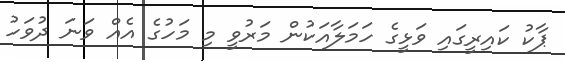
ޕާކު ކައިރީގައި ވަޅީގެ ހަމަލާއަކުން މަރުވީ މި މަހުގެ އެއް ވަނަ ދުވަހު